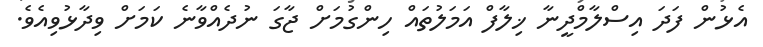
އެޅުން ފަދަ އިސްލާމްދީނާ ޚިލާފް އަމަލުތައް ހިންގުމަށް ޖާގަ ނުދެއްވާނެ ކަމަށް ވިދާޅުވިއެވެ.